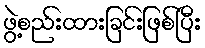
ဖွဲ့စည်းထားခြင်းဖြစ်ပြီး